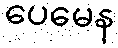
ပေမေန